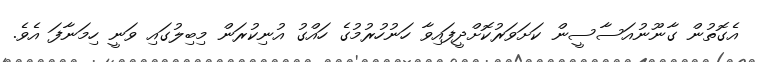
އެގޮތުން ގާނޫނުއަސާސީން ކަށަވަރުކޮށްދީފައިވާ ހަނުހުރުމުގެ ހައްގު އުނިކުރަން މިބިލުގައި ވަނީ ހިމަނާފަ އެވެ.